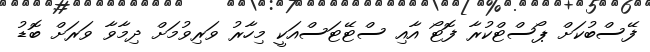
ފޭސްބުކަށް ޕޯސްޓްކުރާ ފޮޓޯ އާއި ސްޓޭޓަސްއަކީ މިހާރު ވަރިވުމަށް ދިމާވާ ވަރަށް ބޮޑު